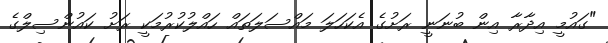
"ގައުމީ އިދާރާ އިން ބުނަނީ ރަށުގެ އެކަހަލަ މައްސަލަތައް ހައްލުކުރުމަކީ ރަށު ކައުންސިލްގެ